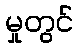
မှုတွင်